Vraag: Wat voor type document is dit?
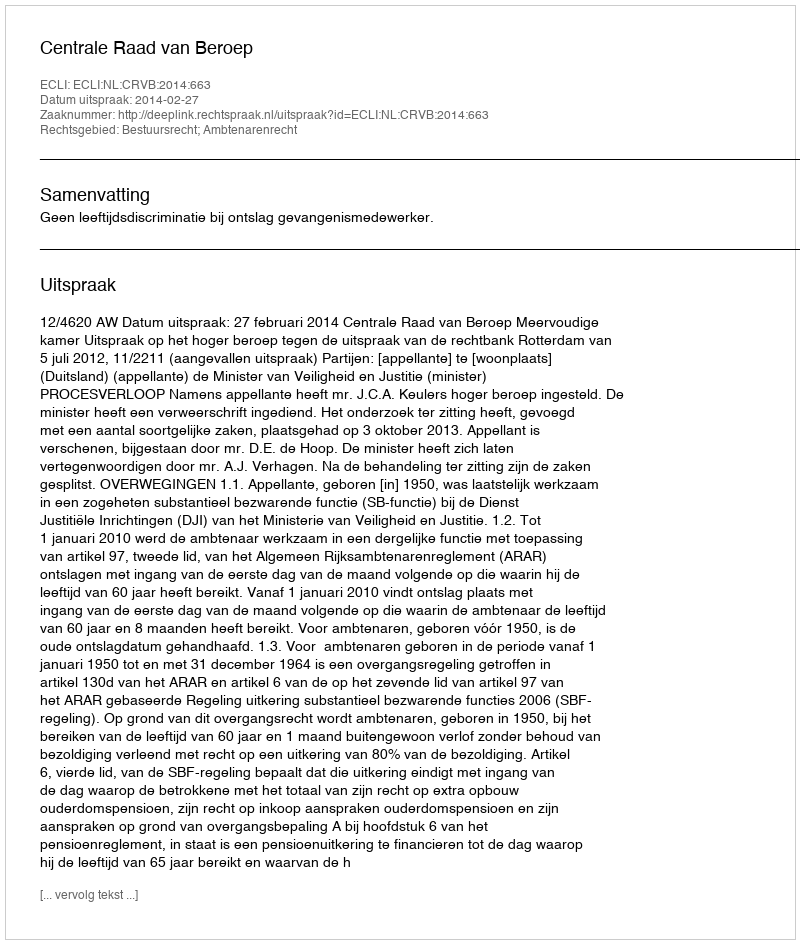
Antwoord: Uitspraak